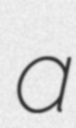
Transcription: a